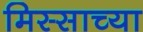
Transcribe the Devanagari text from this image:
मिस्साच्या